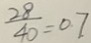
\frac { 2 8 } { 4 0 } = 0 . 7